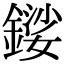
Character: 𨪍